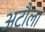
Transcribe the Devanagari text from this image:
अटौला